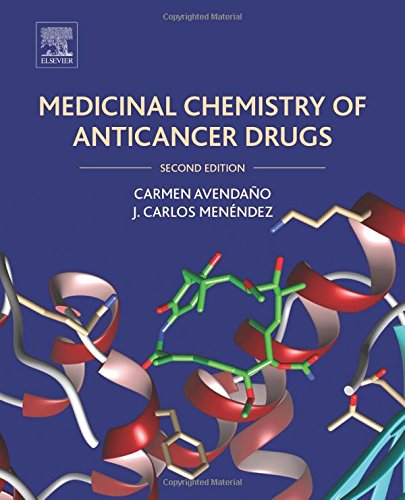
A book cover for Medicinal Chemistry of Anticancer Drugs, Second Edition; Carmen Avendano; Science & Math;